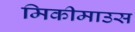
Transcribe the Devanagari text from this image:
मिकीमाउस